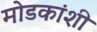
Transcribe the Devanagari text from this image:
मोडकांशी